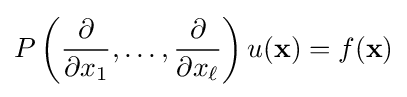
P\left({\frac {\partial }{\partial x_{1}}},\ldots ,{\frac {\partial }{\partial x_{\ell }}}\right)u(\mathbf {x} )=f(\mathbf {x} )